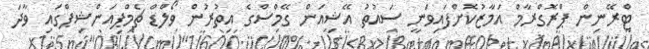
ޓްރޭނިން ޕްރޮގްރާމް އަމާޒުކޮށްފައިވަނީ ސައުތު އޭޝިއަން ގޭމްސްގެ އިތުރުން ވޯލްޑް ޗެމްޕިއަންޝިޕްގައި ވާދަ